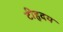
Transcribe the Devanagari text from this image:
टीहृदय